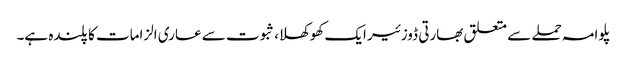
پلوامہ حملے سے متعلق بھارتی ڈوزئیر ایک کھوکھلا، ثبوت سے عاری الزامات کا پلندہ ہے۔